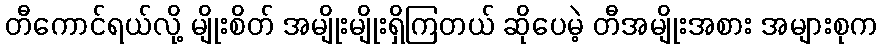
တီကောင်ရယ်လို့ မျိုးစိတ် အမျိုးမျိုးရှိကြတယ် ဆိုပေမဲ့ တီအမျိုးအစား အများစုက